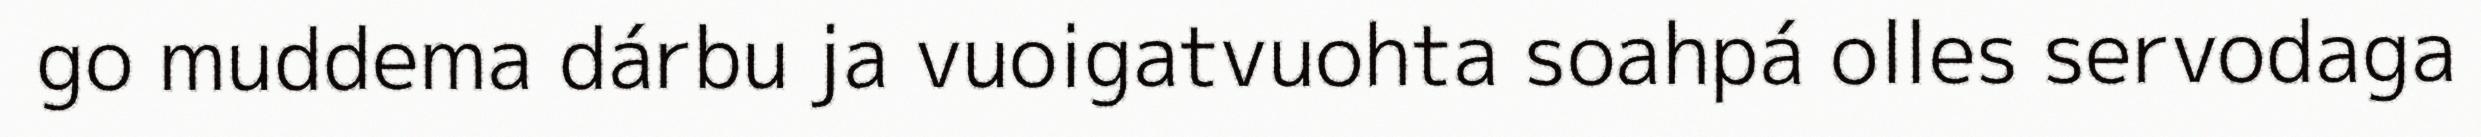
go muddema dárbu ja vuoigatvuohta soahpá olles servodaga